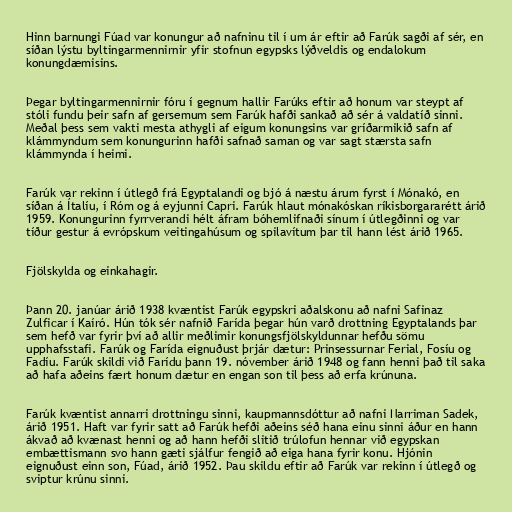
Hinn barnungi Fúad var konungur að nafninu til í um ár eftir að Farúk sagði af sér, en
síðan lýstu byltingarmennirnir yfir stofnun egypsks lýðveldis og endalokum
konungdæmisins.

Þegar byltingarmennirnir fóru í gegnum hallir Farúks eftir að honum var steypt af
stóli fundu þeir safn af gersemum sem Farúk hafði sankað að sér á valdatíð sinni.
Meðal þess sem vakti mesta athygli af eigum konungsins var gríðarmikið safn af
klámmyndum sem konungurinn hafði safnað saman og var sagt stærsta safn
klámmynda í heimi.

Farúk var rekinn í útlegð frá Egyptalandi og bjó á næstu árum fyrst í Mónakó, en
síðan á Ítalíu, í Róm og á eyjunni Capri. Farúk hlaut mónakóskan ríkisborgararétt árið
1959. Konungurinn fyrrverandi hélt áfram bóhemlifnaði sínum í útlegðinni og var
tíður gestur á evrópskum veitingahúsum og spilavítum þar til hann lést árið 1965.

Fjölskylda og einkahagir.

Þann 20. janúar árið 1938 kvæntist Farúk egypskri aðalskonu að nafni Safinaz
Zulficar í Kaíró. Hún tók sér nafnið Farída þegar hún varð drottning Egyptalands þar
sem hefð var fyrir því að allir meðlimir konungsfjölskyldunnar hefðu sömu
upphafsstafi. Farúk og Farída eignuðust þrjár dætur: Prinsessurnar Ferial, Fosíu og
Fadíu. Farúk skildi við Farídu þann 19. nóvember árið 1948 og fann henni það til saka
að hafa aðeins fært honum dætur en engan son til þess að erfa krúnuna.

Farúk kvæntist annarri drottningu sinni, kaupmannsdóttur að nafni Narriman Sadek,
árið 1951. Haft var fyrir satt að Farúk hefði aðeins séð hana einu sinni áður en hann
ákvað að kvænast henni og að hann hefði slitið trúlofun hennar við egypskan
embættismann svo hann gæti sjálfur fengið að eiga hana fyrir konu. Hjónin
eignuðust einn son, Fúad, árið 1952. Þau skildu eftir að Farúk var rekinn í útlegð og
sviptur krúnu sinni.